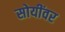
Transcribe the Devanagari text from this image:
सोयींवर